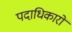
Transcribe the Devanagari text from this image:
पदाधिकारों